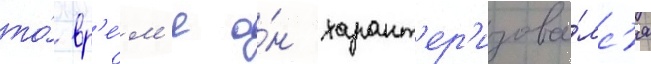
то́ вр'е́м'я о́н характ'ер'изова́лс'я